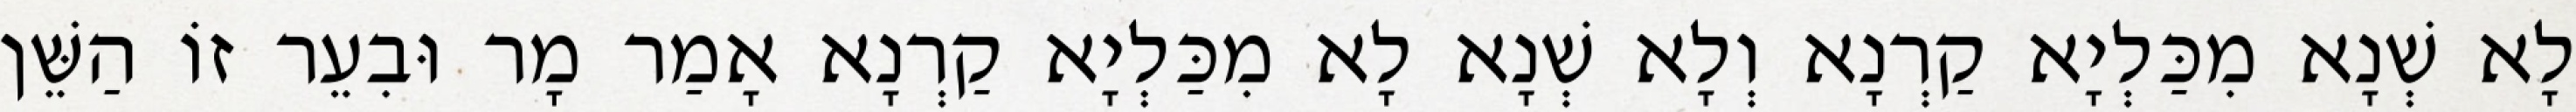
לָא שְׁנָא מִכַּלְיָא קַרְנָא וְלָא שְׁנָא לָא מִכַּלְיָא קַרְנָא אָמַר מָר וּבִעֵר זוֹ הַשֵּׁן